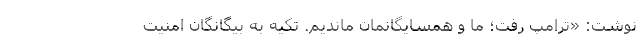
نوشت: «ترامپ رفت؛ ما و همسایگانمان ماندیم. تکیه به بیگانگان امنیت